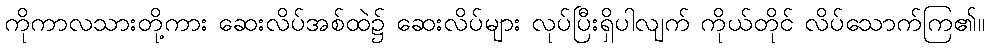
ကိုကာလသားတို့ကား ဆေးလိပ်အစ်ထဲ၌ ဆေးလိပ်များ လုပ်ပြီးရှိပါလျက် ကိုယ်တိုင် လိပ်သောက်ကြ၏။